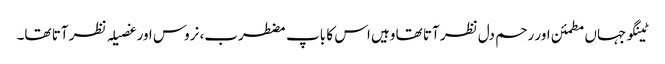
ٹینگو جہاں مطمئن اور رحم دل نظر آتا تھا وہیں اس کا باپ مضطرب، نروس اور غصیلہ نظر آتا تھا۔